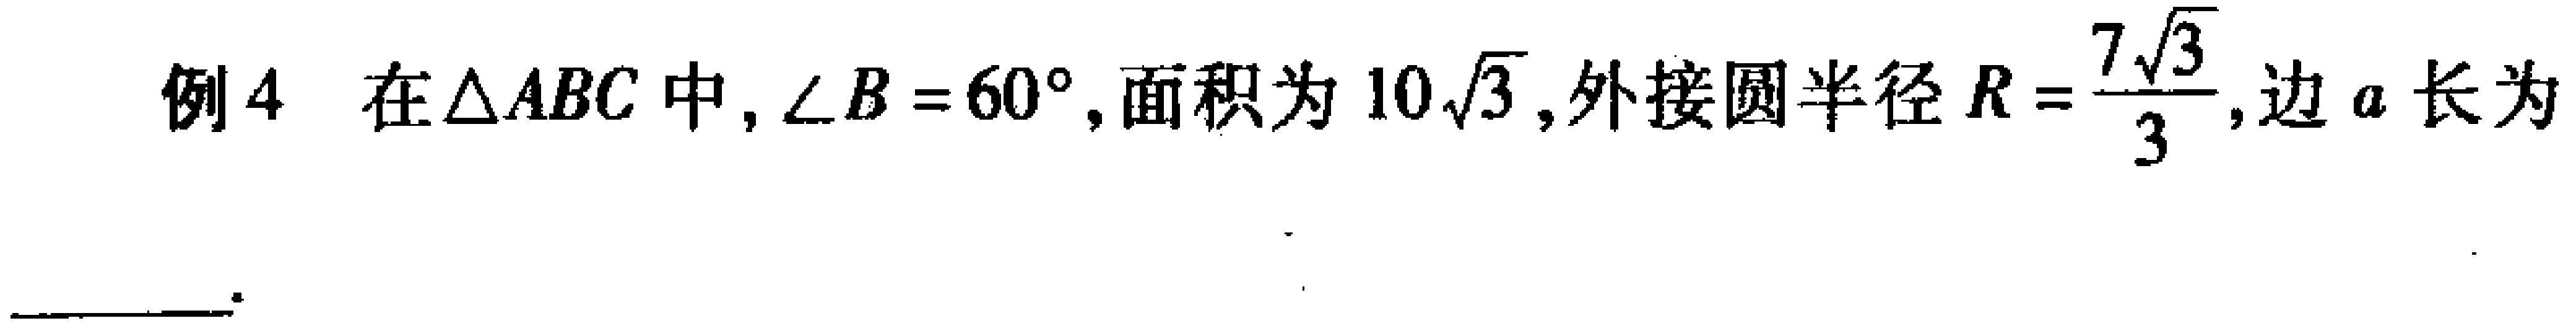
例4 在$\triangle ABC$中, $\angle B = 60^{\circ}$, 面积为$10\sqrt{3}$, 外接圆半径$R = \frac{7\sqrt{3}}{3}$,边$a$长为  。